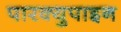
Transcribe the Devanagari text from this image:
पारक्युपाइन